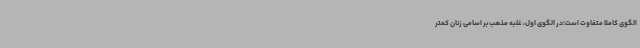
الگوی کاملا متفاوت است؛در الگوی اول، غلبه مذهب بر اسامی زنان کمتر